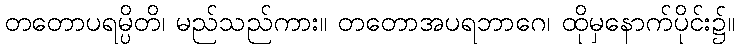
တတောပရမ္ပိတိ၊ မည်သည်ကား။ တတောအပရဘာဂေ၊ ထိုမှနောက်ပိုင်း၌။